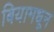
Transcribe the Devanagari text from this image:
बियामधून